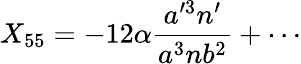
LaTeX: X_{55}=-12\alpha{\frac{a^{\prime 3}n^{\prime}}{a^{3}nb^{2}}}+\cdots